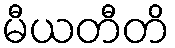
မီယတီတိ